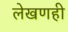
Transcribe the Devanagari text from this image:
लेखणही